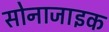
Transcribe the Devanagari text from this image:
सोनाजाइक